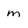
Character: m